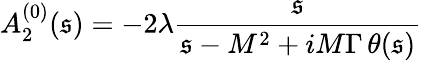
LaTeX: A_{2}^{(0)}(\mathfrak{s})=-2\lambda\frac{{\mathfrak{s}}}{{\mathfrak{s}-M^{2}+iM\Gamma\, \theta(\mathfrak{s})}}